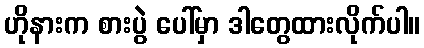
ဟိုနားက စားပွဲ ပေါ်မှာ ဒါတွေထားလိုက်ပါ။